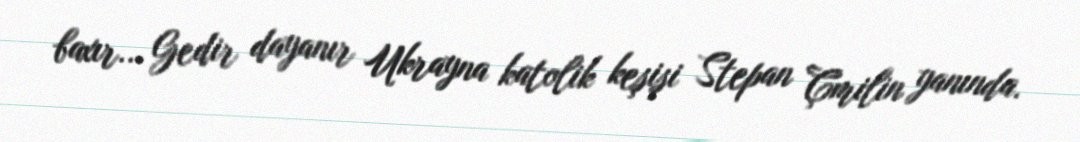
baxır... Gedir dayanır Ukrayna katolik keşişi Stepan Çmilin yanında.